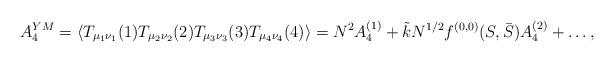
LaTeX: \begin{align*}{A_4^{YM}= \langle T_{\mu_1\nu_1}(1)T_{\mu_2\nu_2}(2) T_{\mu_3\nu_3}(3) T_{\mu_4\nu_4}(4) \rangle = N^2 A_4^{(1)} + \tilde k N^{1/2} f^{(0,0)}(S,\bar S) A_4^{(2)} + \dots ,}\end{align*}